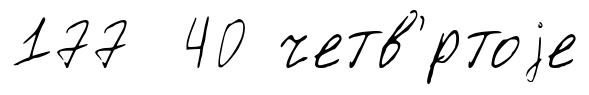
177 40 четв'́ртоjе